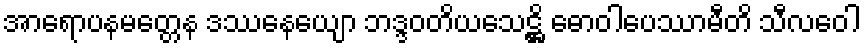
အာရောပနမတ္တေန ဒဿနေယျော ဘဒ္ဒဝတိယသေဋ္ဌိ ဓောဝါပေဿာမီတိ သီလဝေါ